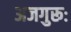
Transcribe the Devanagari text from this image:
अजगुरूः